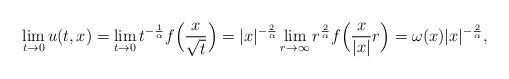
LaTeX: \begin{align*} \lim_{t \to 0}u(t,x) = \lim_{t \to 0}t^{-\frac {1} {\alpha }} f \Bigl( \frac { x } {\sqrt t} \Bigr)= |x|^{-\frac {2} {\alpha }}\lim_{r\to\infty}r^{\frac{2}{\alpha}} f \Bigl( \frac {x} { |x|} r \Bigr)= \omega (x) |x|^{-\frac {2} {\alpha }},\end{align*}